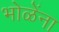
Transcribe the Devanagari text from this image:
भोळेंना